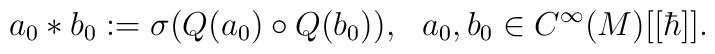
a_0*b_0:=\sigma(Q(a_0)\circ Q(b_0)),\ \ a_0,b_0\in C^\infty(M)[[\hbar]].